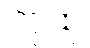
လူထု